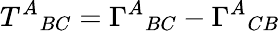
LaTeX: T^{A}{}_{BC}=\Gamma^{A}{}_{BC}-\Gamma^{A}{}_{CB}